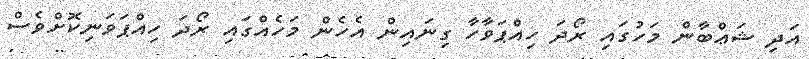
އަދި ޝަޢްބާން މަހުގައި ރޯދަ ހިއްޕަވާހާ ގިނައިން އެހެން މަހެއްގައި ރޯދަ ހިއްޕަވަނިކޮށްވެސް